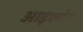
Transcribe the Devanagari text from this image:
आइशांग